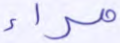
مراء